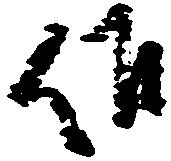
候